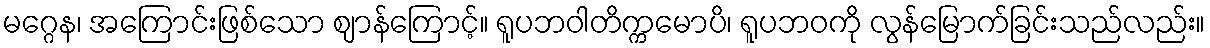
မဂ္ဂေန၊ အကြောင်းဖြစ်သော ဈာန်ကြောင့်။ ရူပဘဝါတိက္ကမောပိ၊ ရူပဘဝကို လွန်မြောက်ခြင်းသည်လည်း။